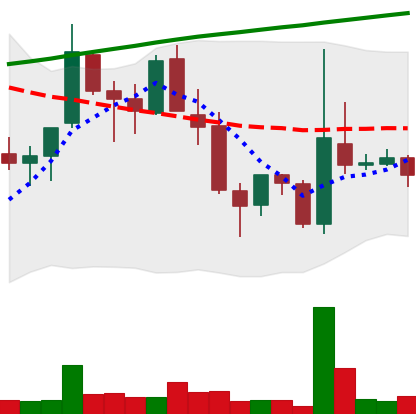
Ticker: TRX-USD
Chart end date: 2018-04-09
Forward return: 11.9%
Label: up_7plus